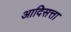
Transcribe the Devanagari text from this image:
आदिसत्ता